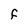
Character: F